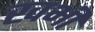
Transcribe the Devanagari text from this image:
खभी